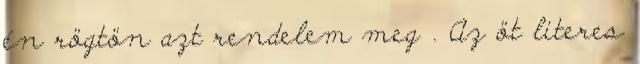
én rögtön azt rendelem meg . Az öt literes